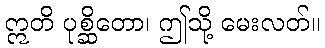
ဣတိ ပုစ္ဆိတော၊ ဤသို့ မေးလတ်။